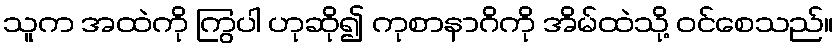
သူက အထဲကို ကြွပါ ဟုဆို၍ ကုစာနာဂိကို အိမ်ထဲသို့ ဝင်စေသည်။